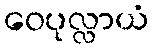
ဝေပုလ္လာယံ